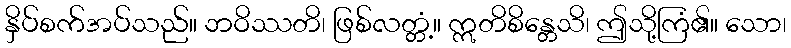
နှိပ်စက်အပ်သည်။ ဘဝိဿတိ၊ ဖြစ်လတ္တံ့။ ဣတိစိန္တေသိ၊ ဤသို့ကြံ၏။ သော၊